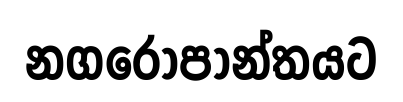
නගරෝපාන්තයට